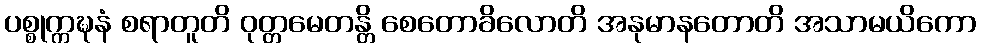
ပစ္စုက္ကဍ္ဎနံ စရာတူတိ ဝုတ္တမေတန္တိ စေတောခိလောတိ အနုမာနတောတိ အသာမယိကော